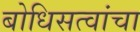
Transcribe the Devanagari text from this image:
बोधिसत्वांचा